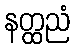
နတ္ထညံ